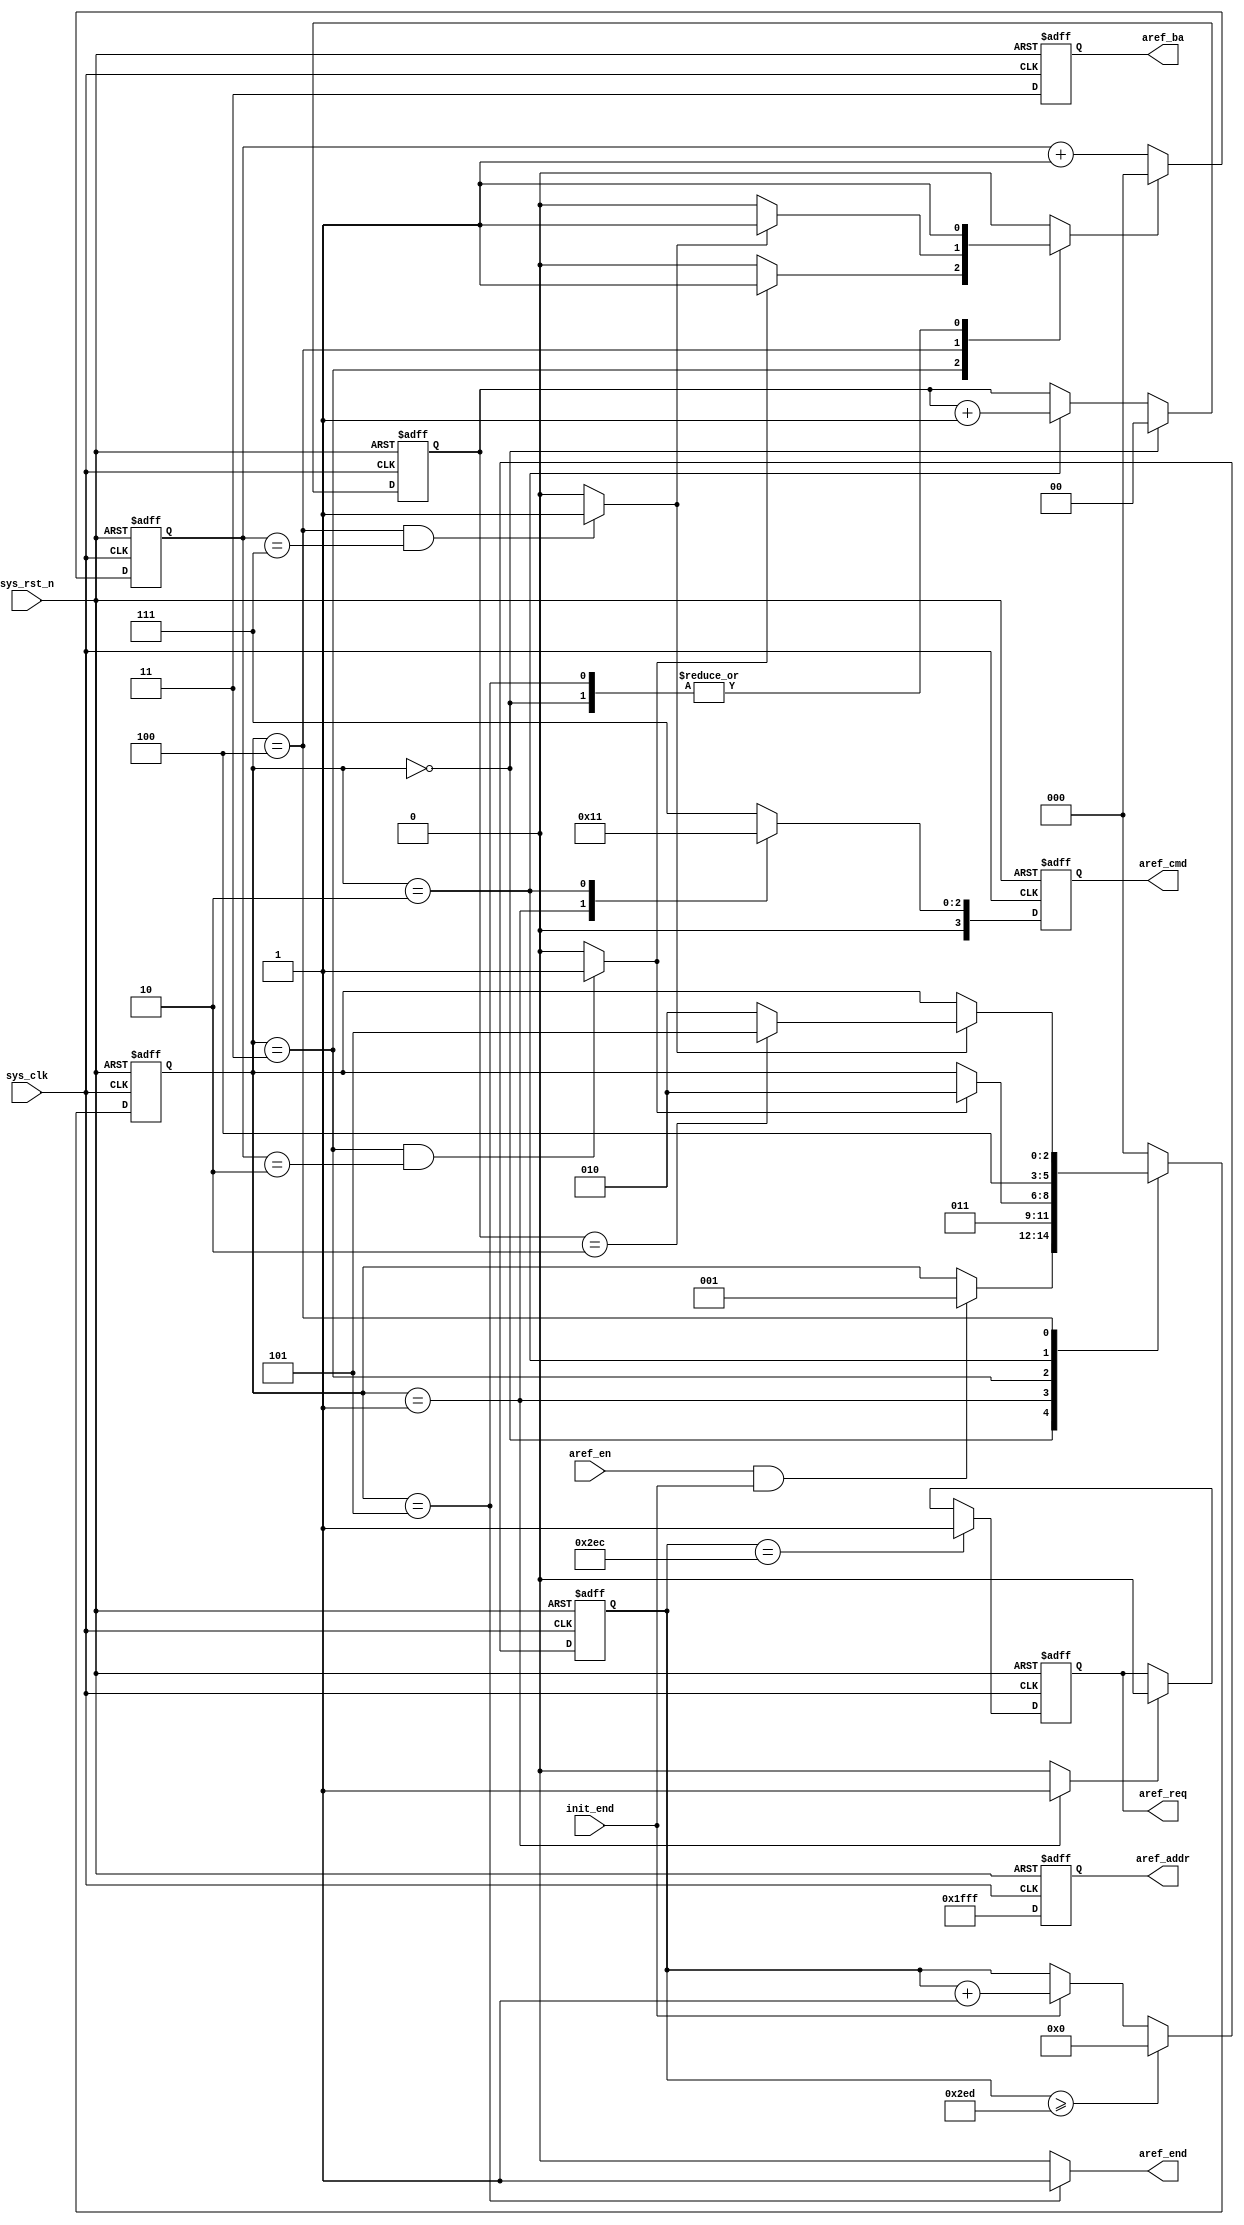
`timescale  1ns/1ns
////////////////////////////////////////////////////////////////////////
// Module Name   : sdram_a_ref
// Project Name  : ov5640_tft_480x272
// Target Devices: Altera EP4CE10F17C8N
// Tool Versions : Quartus 13.0
// Description   : SDRAM
// 
// Revision      : V1.0
// Additional Comments:
// 
// : _Pro_FPGA
//     : http://www.embedfire.com
//     : http://www.firebbs.cn
//     : https://fire-stm32.taobao.com
////////////////////////////////////////////////////////////////////////

module  sdram_a_ref
(
    input   wire            sys_clk     ,   //,100MHz
    input   wire            sys_rst_n   ,   //,
    input   wire            init_end    ,   //
    input   wire            aref_en     ,   //

    output  reg             aref_req    ,   //
    output  reg     [3:0]   aref_cmd    ,   //sdram,{cs_n,ras_n,cas_n,we_n}
    output  reg     [1:0]   aref_ba     ,   //Bank
    output  reg     [12:0]  aref_addr   ,   //,,A12-A0,13
    output  wire            aref_end        //
);

//********************************************************************//
//****************** Parameter and Internal Signal *******************//
//********************************************************************//

//parameter     define
parameter   CNT_REF_MAX =   10'd749     ;   //(7.5us)
parameter   TRP_CLK     =   3'd2        ,   //
            TRC_CLK     =   3'd7        ;   //
parameter   P_CHARGE    =   4'b0010     ,   //
            A_REF       =   4'b0001     ,   //
            NOP         =   4'b0111     ;   //
parameter   AREF_IDLE   =   3'b000      ,   //,
            AREF_PCHA   =   3'b001      ,   //
            AREF_TRP    =   3'b011      ,   //          tRP
            AUTO_REF    =   3'b010      ,   //
            AREF_TRF    =   3'b100      ,   //        tRC
            AREF_END    =   3'b101      ;   //

//wire  define
wire            trp_end     ;   //
wire            trc_end     ;   //
wire            aref_ack    ;   //

//reg   define
reg     [9:0]   cnt_aref        ;   //
reg     [2:0]   aref_state      ;   //SDRAM
reg     [2:0]   cnt_clk         ;   //,
reg             cnt_clk_rst     ;   //
reg     [1:0]   cnt_aref_aref   ;   //

//********************************************************************//
//***************************** Main Code ****************************//
//********************************************************************//

//cnt_ref:
always@(posedge sys_clk or negedge sys_rst_n)
    if(sys_rst_n == 1'b0)
        cnt_aref    <=  10'd0;
    else    if(cnt_aref >= CNT_REF_MAX)
        cnt_aref    <=  10'd0;
    else    if(init_end == 1'b1)
        cnt_aref    <=  cnt_aref + 1'b1;

//aref_req:
always@(posedge sys_clk or negedge sys_rst_n)
    if(sys_rst_n == 1'b0)
        aref_req    <=  1'b0;
    else    if(cnt_aref == (CNT_REF_MAX - 1'b1))
        aref_req    <=  1'b1;
    else    if(aref_ack == 1'b1)
        aref_req    <=  1'b0;

//aref_ack:
assign  aref_ack = (aref_state == AREF_PCHA ) ? 1'b1 : 1'b0;

//aref_end:
assign  aref_end = (aref_state == AREF_END  ) ? 1'b1 : 1'b0;

//cnt_clk:,
always@(posedge sys_clk or negedge sys_rst_n)
    if(sys_rst_n == 1'b0)
        cnt_clk <=  3'd0;
    else    if(cnt_clk_rst == 1'b1)
        cnt_clk <=  3'd0;
    else
        cnt_clk <=  cnt_clk + 1'b1;

//trp_end,trc_end,tmrd_end:
assign  trp_end = ((aref_state == AREF_TRP)
                    && (cnt_clk == TRP_CLK )) ? 1'b1 : 1'b0;
assign  trc_end = ((aref_state == AREF_TRF)
                    && (cnt_clk == TRC_CLK )) ? 1'b1 : 1'b0;

//cnt_aref_aref:
always@(posedge sys_clk or negedge sys_rst_n)
    if(sys_rst_n == 1'b0)
        cnt_aref_aref   <=  2'd0;
    else    if(aref_state == AREF_IDLE)
        cnt_aref_aref   <=  2'd0;
    else    if(aref_state == AUTO_REF)
        cnt_aref_aref   <=  cnt_aref_aref + 1'b1;
    else
        cnt_aref_aref   <=  cnt_aref_aref;

//SDRAM
always@(posedge sys_clk or negedge sys_rst_n)
    if(sys_rst_n == 1'b0)
        aref_state  <=  AREF_IDLE;
    else
        case(aref_state)
            AREF_IDLE:
                if((aref_en == 1'b1) && (init_end == 1'b1))
                    aref_state  <=  AREF_PCHA;
                else
                    aref_state  <=  aref_state;
            AREF_PCHA:
                aref_state  <=  AREF_TRP;
            AREF_TRP:
                if(trp_end == 1'b1)
                    aref_state  <=  AUTO_REF;
                else
                    aref_state  <=  aref_state;
            AUTO_REF:
                aref_state  <=  AREF_TRF;
            AREF_TRF:
                if(trc_end == 1'b1)
                    if(cnt_aref_aref == 2'd2)
                        aref_state  <=  AREF_END;
                    else
                        aref_state  <=  AUTO_REF;
                else
                    aref_state  <=  aref_state;
            AREF_END:
                aref_state  <=  AREF_IDLE;
            default:
                aref_state  <=  AREF_IDLE;
        endcase

//cnt_clk_rst:
always@(*)
    begin
        case (aref_state)
            AREF_IDLE:  cnt_clk_rst <=  1'b1;   //
            AREF_TRP:   cnt_clk_rst <=  (trp_end == 1'b1) ? 1'b1 : 1'b0;
                                                //,
            AREF_TRF:   cnt_clk_rst <=  (trc_end == 1'b1) ? 1'b1 : 1'b0;
                                                //,
            AREF_END:   cnt_clk_rst <=  1'b1;
            default:    cnt_clk_rst <=  1'b0;
        endcase
    end

//SDRAM
always@(posedge sys_clk or negedge sys_rst_n)
    if(sys_rst_n == 1'b0)
        begin
            aref_cmd    <=  NOP;
            aref_ba     <=  2'b11;
            aref_addr   <=  13'h1fff;
        end
    else
        case(aref_state)
            AREF_IDLE,AREF_TRP,AREF_TRF:    //
                begin
                    aref_cmd    <=  NOP;
                    aref_ba     <=  2'b11;
                    aref_addr   <=  13'h1fff;
                end
            AREF_PCHA:  //
                begin
                    aref_cmd    <=  P_CHARGE;
                    aref_ba     <=  2'b11;
                    aref_addr   <=  13'h1fff;
                end 
            AUTO_REF:   //
                begin
                    aref_cmd    <=  A_REF;
                    aref_ba     <=  2'b11;
                    aref_addr   <=  13'h1fff;
                end
            AREF_END:   //
                begin
                    aref_cmd    <=  NOP;
                    aref_ba     <=  2'b11;
                    aref_addr   <=  13'h1fff;
                end    
            default:
                begin
                    aref_cmd    <=  NOP;
                    aref_ba     <=  2'b11;
                    aref_addr   <=  13'h1fff;
                end    
        endcase

endmodule